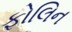
ફોલિન